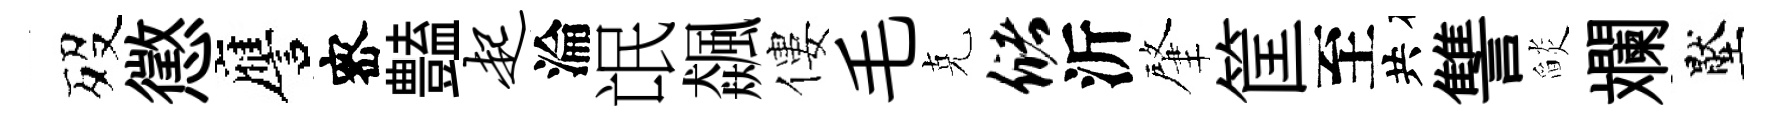
歿懲譍宻𧰟起淪氓飆僂毛克储沂肇筐至共讐𦦨斕壓